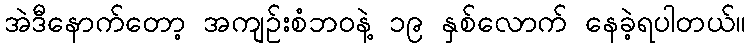
အဲဒီနောက်တော့ အကျဉ်းစံဘဝနဲ့ ၁၉ နှစ်လောက် နေခဲ့ရပါတယ်။